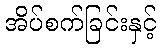
အိပ်စက်ခြင်းနှင့်